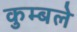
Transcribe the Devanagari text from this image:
कुम्बले